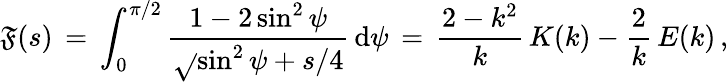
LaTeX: \mathfrak{F}(s)\, =\, \int_{0}^{\pi/2}\frac{{1-2\sin^{2}\psi}}{{\sqrt{}{{\sin^{2}\psi+s/4}}}}\, \mathrm{{d}}\psi\, =\, \frac{{2-k^{2}}}{{k}}\, K(k)-\frac{{2}}{{k}}\, E(k)\, ,